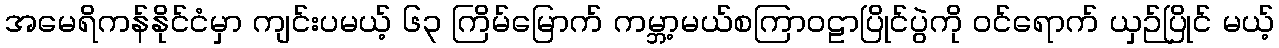
အမေရိကန်နိုင်ငံမှာ ကျင်းပမယ့် ၆၃ ကြိမ်မြောက် ကမ္ဘာ့မယ်စကြာဝဠာပြိုင်ပွဲကို ဝင်ရောက် ယှဉ်ပြိုင် မယ့်